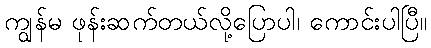
ကျွန်မ ဖုန်းဆက်တယ်လို့ပြောပါ၊ ကောင်းပါပြီ။